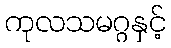
ကုလသမဂ္ဂနှင့်